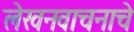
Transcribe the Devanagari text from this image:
लेखनवाचनाचे